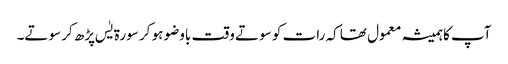
آپ کاہمیشہ معمول تھا کہ رات کو سوتے وقت باوضو ہو کر سورۃ یٰس پڑھ کر سوتے۔